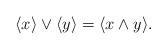
LaTeX: \begin{align*}\langle x\rangle\vee\langle y\rangle=\langle x\wedge y\rangle. \end{align*}